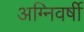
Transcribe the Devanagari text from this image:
अग्निवर्षी